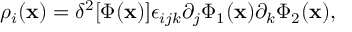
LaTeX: \rho _ { i } ( { \bf x } ) = \delta ^ { 2 } [ \Phi ( { \bf x } ) ] \epsilon _ { i j k } \partial _ { j } \Phi _ { 1 } ( { \bf x } ) \partial _ { k } \Phi _ { 2 } ( { \bf x } ) ,